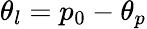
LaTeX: \theta_{l}=p_{0}-\theta_{p}